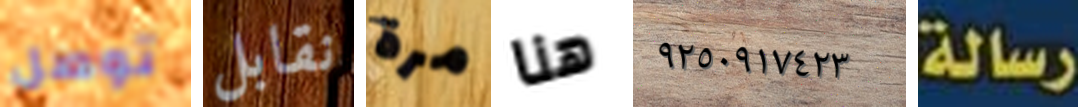
توصل نقابل مرة هنا ٩٢٥٠٩١٧٤٢٣ رسالة